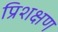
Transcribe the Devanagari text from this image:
प्रिशक्षण